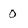
Character: 0